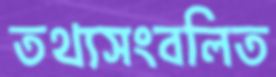
তথ্যসংবলিত